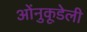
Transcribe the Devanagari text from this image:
ओंनुकूडेली